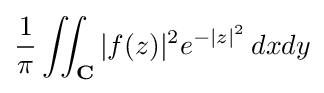
{1 \over \pi }\iint _{\mathbf {C} }|f(z)|^{2}e^{-|z|^{2}}\,dxdy